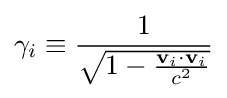
\gamma _{i}\equiv {1 \over {\sqrt {1-{{\mathbf {v} _{i}\cdot \mathbf {v} _{i}} \over c^{2}}}}}